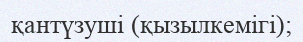
қантүзуші (қызылкемігі);